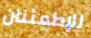
للإطمئنان